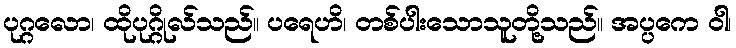
ပုဂ္ဂလော၊ ထိုပုဂ္ဂိုလ်သည်။ ပရေဟိ၊ တစ်ပါးသောသူတို့သည်။ အပ္ပကေ ဝါ၊